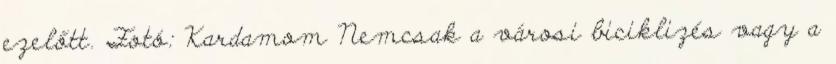
ezelőtt. Fotó: Kardamom Nemcsak a városi biciklizés vagy a